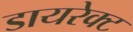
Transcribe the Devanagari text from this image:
डायरेक्‍ट